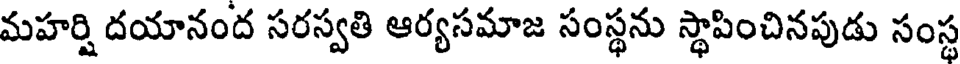
మహర్షి దయానంద సరస్వతి ఆర్యసమాజ సంస్థను స్థాపించినపుడు సంస్థ